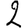
Digit: 2